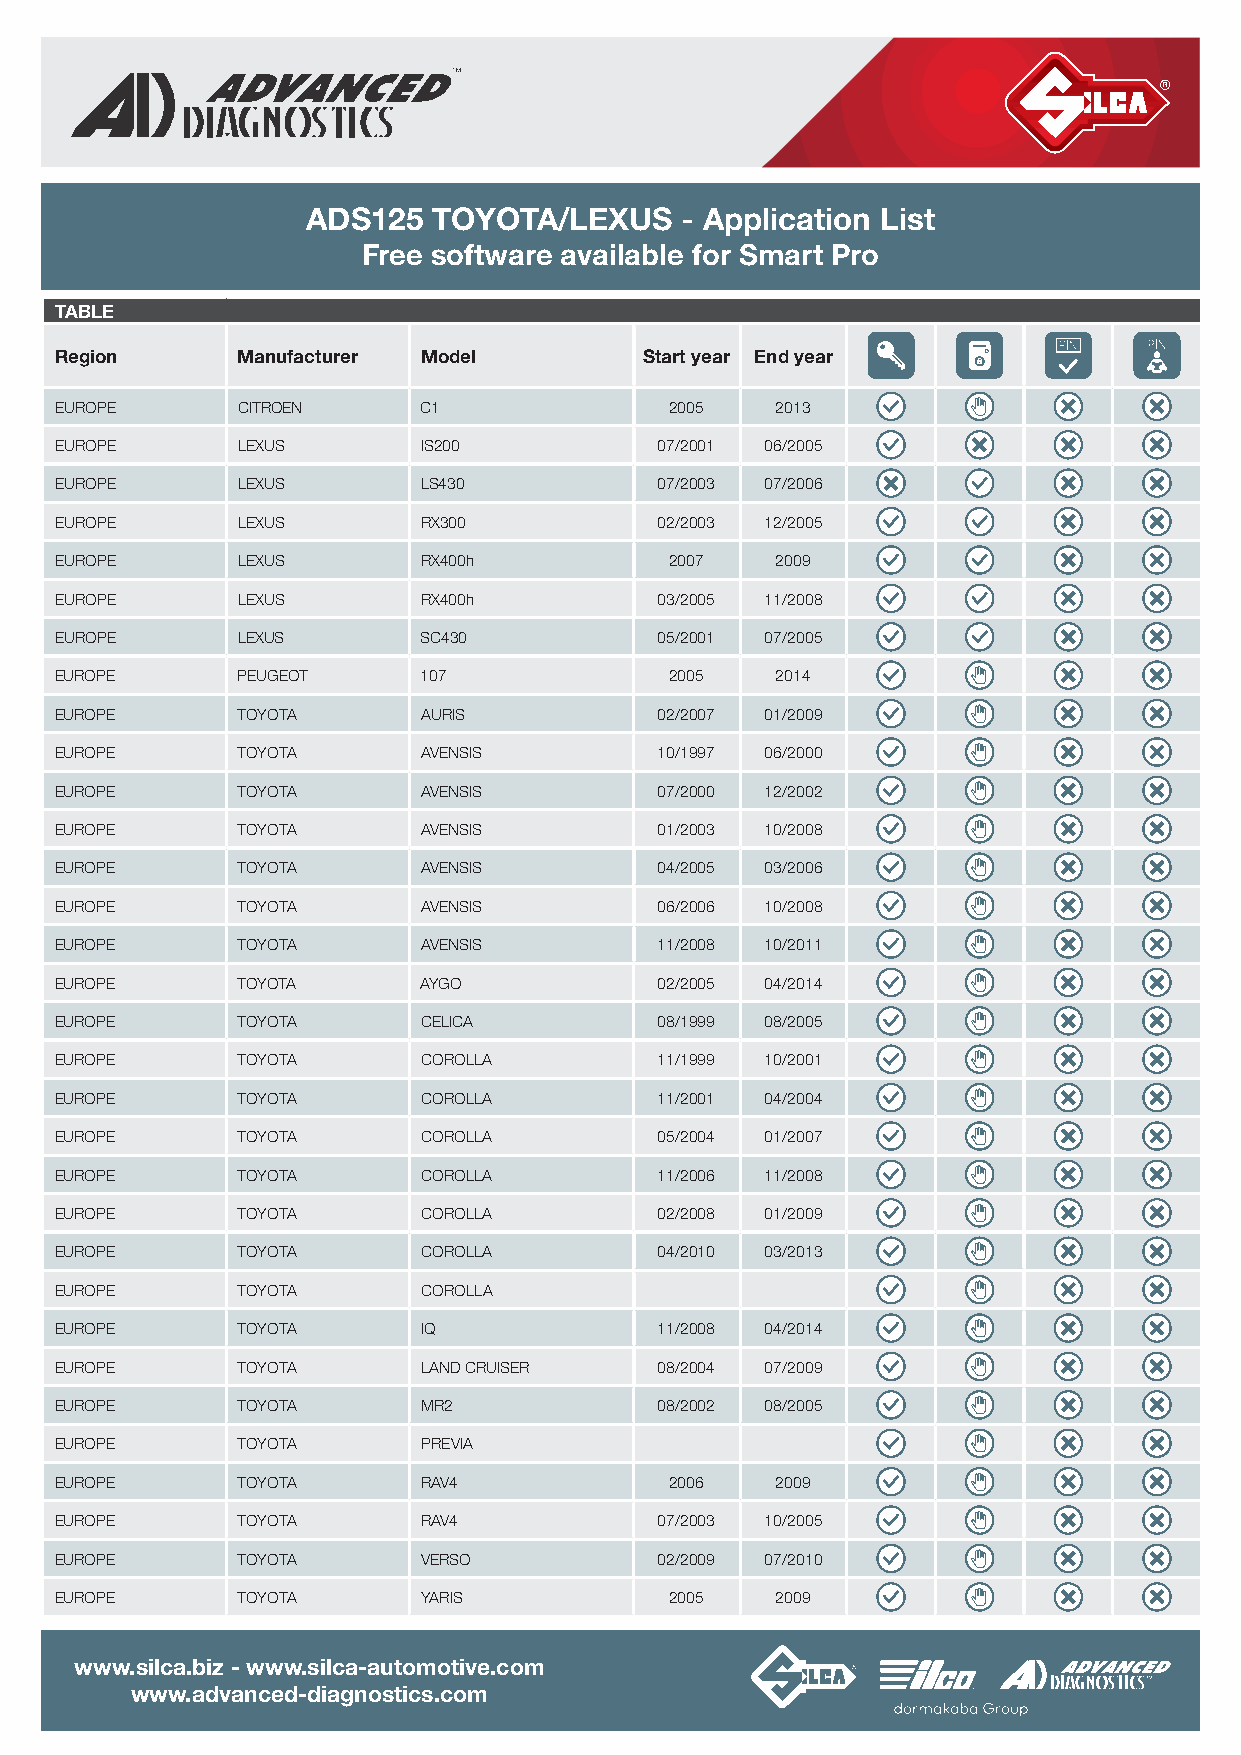
ADS125   TOYOTA/LEXUS    - Application List
 Free software available for Smart Pro
 TABLE
 Region      Manufacturer Model         Start year End year
 EUROPE      CITROEN     C1              2005   2013
 EUROPE      LEXUS       IS200           07/2001 06/2005
 EUROPE      LEXUS       LS430           07/2003 07/2006
 EUROPE      LEXUS       RX300           02/2003 12/2005
 EUROPE      LEXUS       RX400h          2007   2009
 EUROPE      LEXUS       RX400h          03/2005 11/2008
 EUROPE      LEXUS       SC430           05/2001 07/2005
 EUROPE      PEUGEOT     107             2005   2014
 EUROPE      TOYOTA      AURIS           02/2007 01/2009
 EUROPE      TOYOTA      AVENSIS         10/1997 06/2000
 EUROPE      TOYOTA      AVENSIS         07/2000 12/2002
 EUROPE      TOYOTA      AVENSIS         01/2003 10/2008
 EUROPE      TOYOTA      AVENSIS         04/2005 03/2006
 EUROPE      TOYOTA      AVENSIS         06/2006 10/2008
 EUROPE      TOYOTA      AVENSIS         11/2008 10/2011
 EUROPE      TOYOTA      AYGO            02/2005 04/2014
 EUROPE      TOYOTA      CELICA          08/1999 08/2005
 EUROPE      TOYOTA      COROLLA         11/1999 10/2001
 EUROPE      TOYOTA      COROLLA         11/2001 04/2004
 EUROPE      TOYOTA      COROLLA         05/2004 01/2007
 EUROPE      TOYOTA      COROLLA         11/2006 11/2008
 EUROPE      TOYOTA      COROLLA         02/2008 01/2009
 EUROPE      TOYOTA      COROLLA         04/2010 03/2013
 EUROPE      TOYOTA      COROLLA
 EUROPE      TOYOTA      IQ              11/2008 04/2014
 EUROPE      TOYOTA      LAND CRUISER    08/2004 07/2009
 EUROPE      TOYOTA      MR2             08/2002 08/2005
 EUROPE      TOYOTA      PREVIA
 EUROPE      TOYOTA      RAV4            2006   2009
 EUROPE      TOYOTA      RAV4            07/2003 10/2005
 EUROPE      TOYOTA      VERSO           02/2009 07/2010
 EUROPE      TOYOTA      YARIS           2005   2009
 www.silca.biz - www.silca-automotive.com
 www.advanced-diagnostics.com